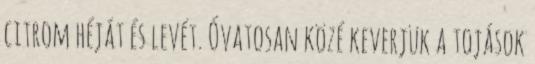
citrom héját és levét. Óvatosan közé keverjük a tojások